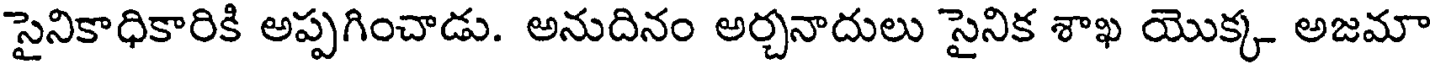
సైనికాధికారికి అప్పగించాడు. అనుదినం అర్చనాదులు సైనిక శాఖ యొక్క అజమా